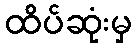
ထိပ်ဆုံးမှ